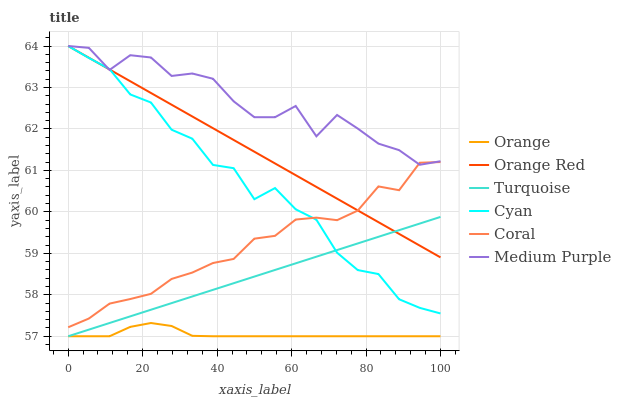
| xaxis_label | Orange | Orange Red | Turquoise | Cyan | Coral | Medium Purple |
 | --- | --- | --- | --- | --- | --- | --- |
 | 0 | 57 | 64 | 57 | 64 | 57.2 | 64 |
 | 5.56 | 57 | 63.7 | 57.2 | 63.7 | 57.4 | 64 |
 | 11.1 | 57 | 63.4 | 57.3 | 63.4 | 57.8 | 63.4 |
 | 16.7 | 57.2 | 63.2 | 57.5 | 62.8 | 57.9 | 63.8 |
 | 22.2 | 57.3 | 62.9 | 57.6 | 62.6 | 58 | 63.7 |
 | 27.8 | 57.2 | 62.6 | 57.8 | 62 | 58.4 | 63.3 |
 | 33.3 | 57 | 62.3 | 58 | 61.8 | 58.5 | 63.3 |
 | 38.9 | 57 | 62 | 58.1 | 61.1 | 58.8 | 63.2 |
 | 44.4 | 57 | 61.7 | 58.3 | 61.1 | 58.9 | 62.7 |
 | 50 | 57 | 61.5 | 58.4 | 60.3 | 59.4 | 62.3 |
 | 55.6 | 57 | 61.2 | 58.6 | 60.6 | 59.4 | 62.3 |
 | 61.1 | 57 | 60.9 | 58.8 | 60.1 | 59.8 | 62.6 |
 | 66.7 | 57 | 60.6 | 58.9 | 59.8 | 59.9 | 61.8 |
 | 72.2 | 57 | 60.3 | 59.1 | 59 | 59.8 | 62.3 |
 | 77.8 | 57 | 60 | 59.2 | 58.6 | 60 | 62 |
 | 83.3 | 57 | 59.8 | 59.4 | 58.5 | 60.6 | 61.6 |
 | 88.9 | 57 | 59.5 | 59.6 | 57.9 | 60.5 | 61.5 |
 | 94.4 | 57 | 59.2 | 59.7 | 57.7 | 61.2 | 61.1 |
 | 100 | 57 | 58.9 | 59.9 | 57.6 | 61.2 | 61.2 |